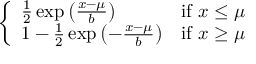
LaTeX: \left\{ \begin{array} { l l } { { \frac { 1 } { 2 } } \exp \left( { \frac { x - \mu } { b } } \right) } & { { \mathrm { i f ~ } } x \leq \mu } \\ { 1 - { \frac { 1 } { 2 } } \exp \left( - { \frac { x - \mu } { b } } \right) } & { { \mathrm { i f ~ } } x \geq \mu } \end{array} \right.